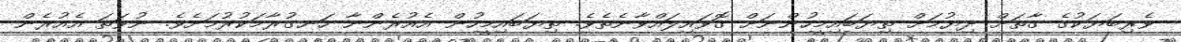
ވެރިބަޔަކުގެ ގާތަށް ދިޔުމަށް ތިޔަބައިމީހުންނަށް ގޮވައިލައްވާނެތެވެ. ތިޔަބައިމީހުން އެއުރެންނާ ހަނގުރާމަކުރުމަށެވެ. ނުވަތަ އެއުރެން